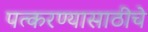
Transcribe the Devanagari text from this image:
पत्करण्यासाठीचे